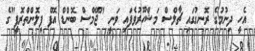
އެހީ ދިނުމުގެ ރޮނގުގައި ޗާލްސް މަޝްހޫރުވެފައި ވަނީ "ޖޭމްސް ބޮންޑް އޮފް ފިލޮންތްރޮފީ"ގެ